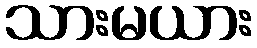
သားမယား